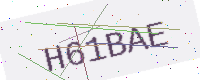
Text: H61BAE